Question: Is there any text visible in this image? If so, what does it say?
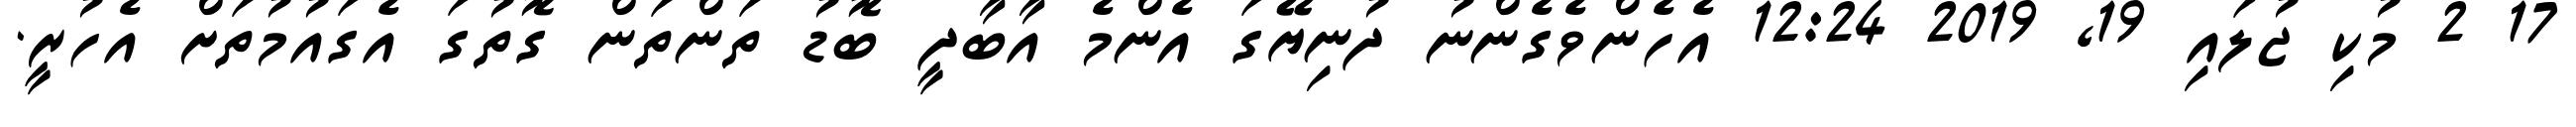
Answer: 17 2 މުކި ޖުލައި 19, 2019 12:24 އެހެންވެގެންނު ދުނިޔޭގަ އެންމެ އާބާދީ ބޮޑު ތަންތަން ގޮތުގަ އެގައުމުތަށް އެހުރީ.